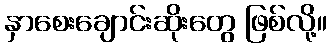
နှာစေးချောင်းဆိုးတွေ ဖြစ်လို့။